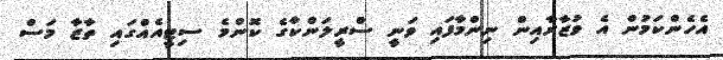
އެހެންކަމުން އެ ވުޒާރާއިން ނިންމާފައި ވަނީ ސްރީލަންކާގެ ކޮންމެ ސިޓީއެއްގައި ތާޒާ މަސް